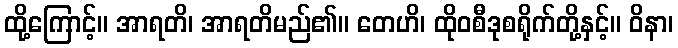
ထို့ကြောင့်။ အာရတိ၊ အာရတိမည်၏။ တေဟိ၊ ထိုဝစီဒုစရိုက်တို့နှင့်။ ဝိနာ၊